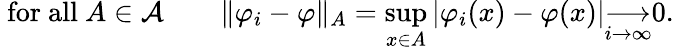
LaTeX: {\mathrm{~for~all~}}A\in{\mathcal{A}}\qquad\| \varphi_{i}-\varphi\| _{A}=\operatorname*{sup}_{x\in A}|\varphi_{i}(x)-\varphi(x)|{\underset{i\to\infty}{\longrightarrow}}0.